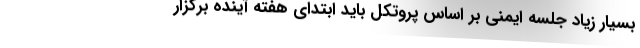
بسیار زیاد جلسه ایمنی بر اساس پروتکل باید ابتدای هفته آینده برگزار